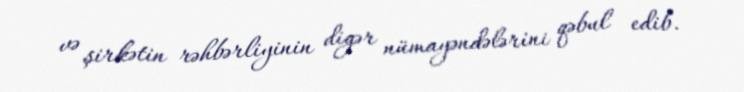
və şirkətin rəhbərliyinin digər nümayəndələrini qəbul edib.